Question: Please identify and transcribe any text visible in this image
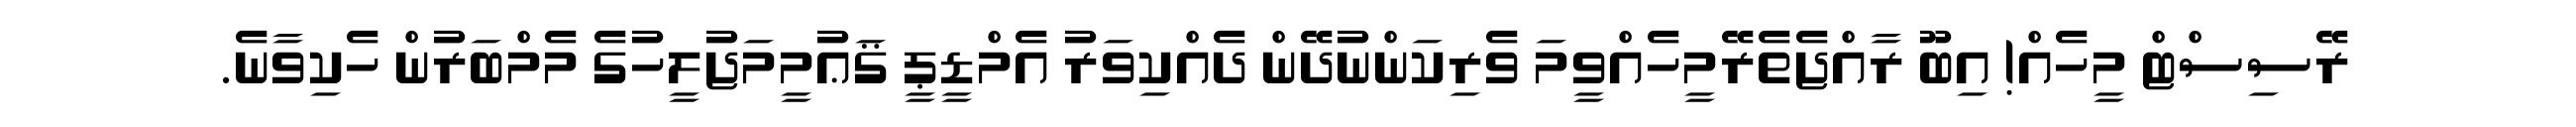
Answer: ރޭސިސްޓް މީހެއް! އިބޫ ރާއްޖެތެރޭމީހެއްވީމަ ވެރިކަންނުދޭން ދެއްކިވަރު އެމްޑީޕީ ޤަޢުމީމަޖުލީހުގެ މެމްބަރުން ހެކިވާނެ.